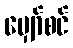
မျှော်စင်